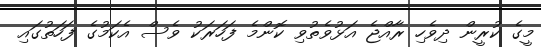
މީގެ ކުރީން ދިވެހި ރާއްޖެ އަޅުވެތުވި ކޮންމެ ފަހަރަކު ވެސް އެކަމުގެ ފަހަތުގައި